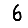
Digit: 6